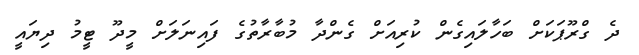
ދެ ގްރޫޕަކަށް ބަހާލައިގެން ކުރިއަށް ގެންދާ މުބާރާތުގެ ފައިނަލަށް މީދޫ ޓީމު ދިޔައީ